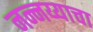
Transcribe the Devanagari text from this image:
नन्नय्याचा